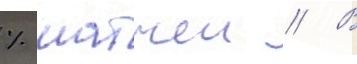
% матчеи // В